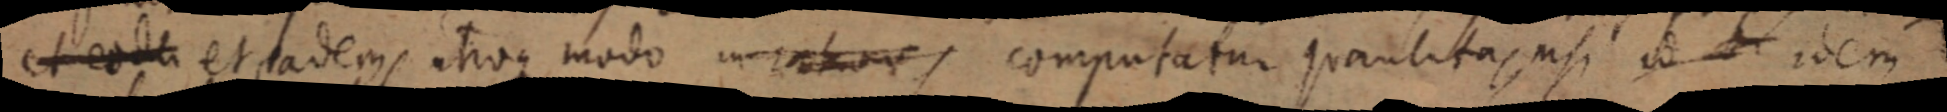
et eode et eadem, utroque modo _, computatur quantitas, nisi id _ idem